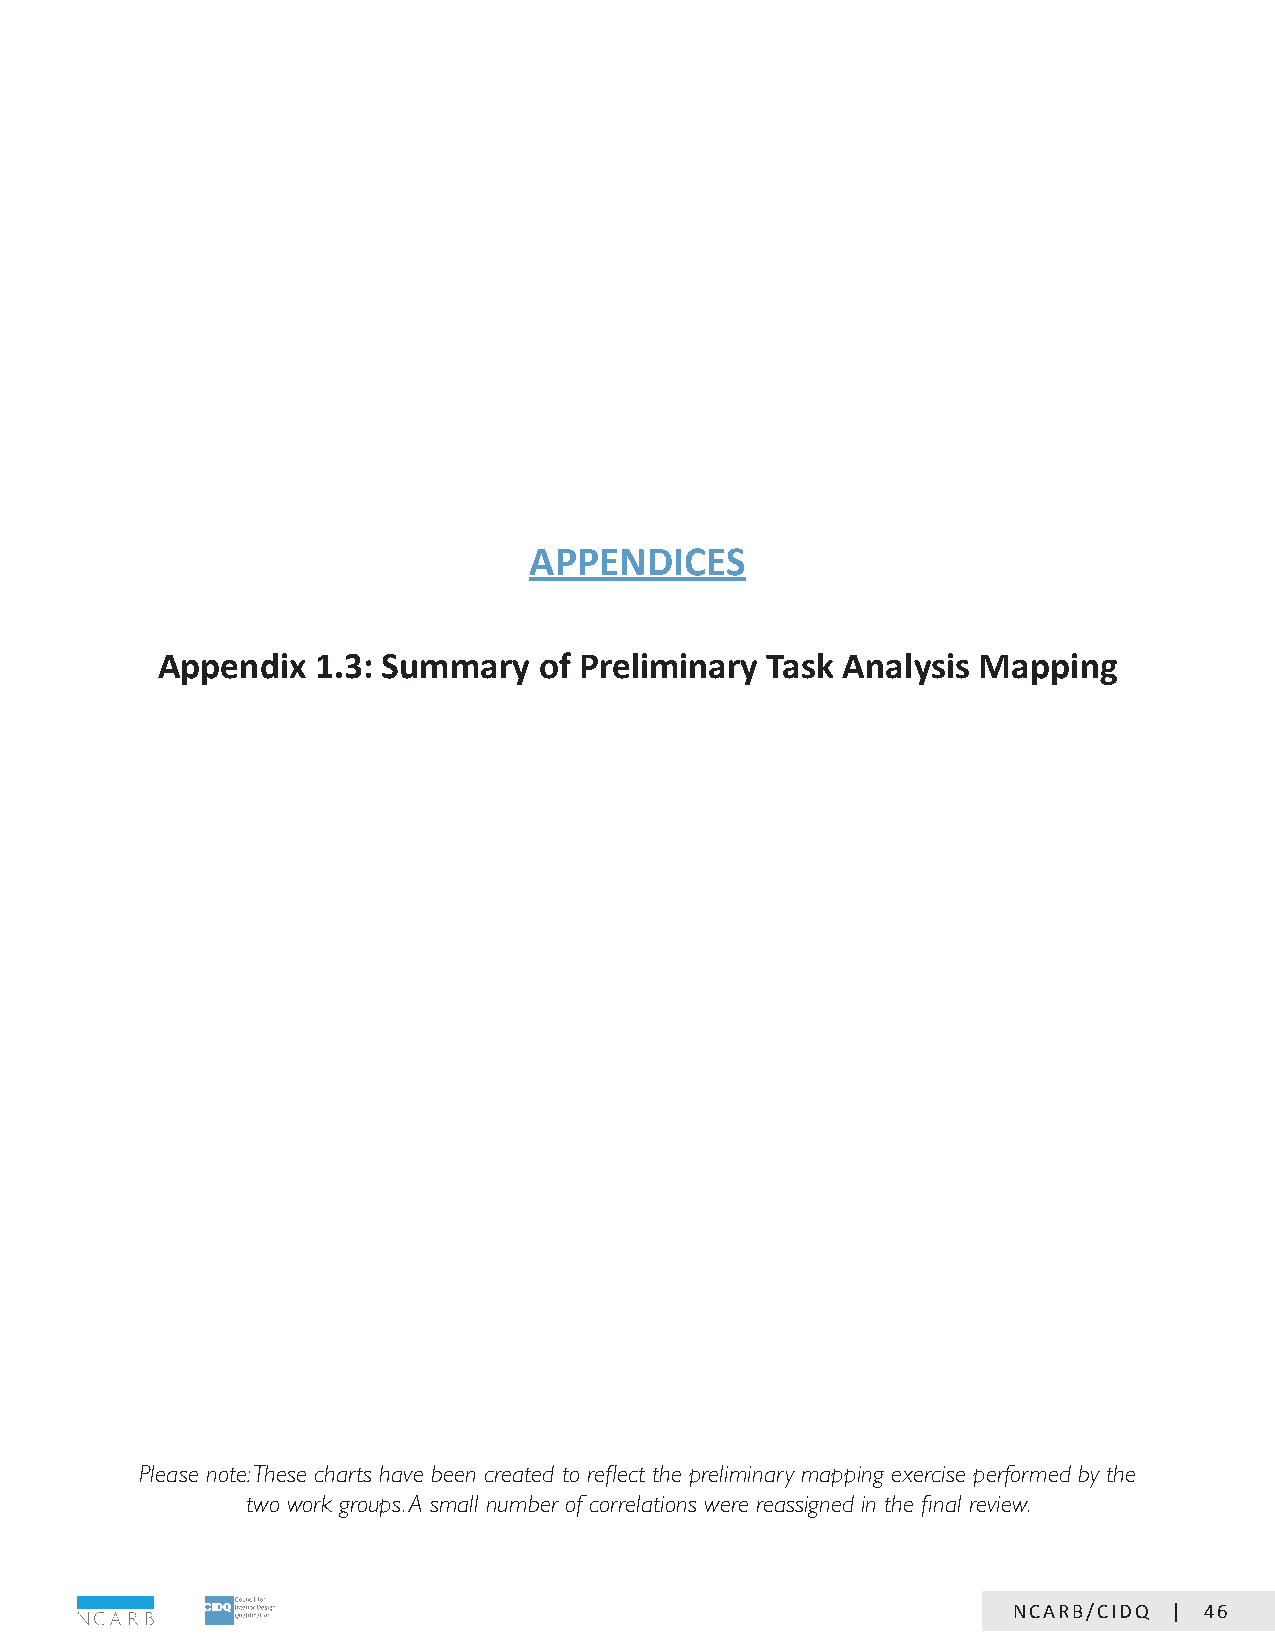
APPENDICES
 Appendix   1.3: Summary   of Preliminary Task Analysis Mapping
 Please note: These charts have been created to reflect the preliminary mapping exercise performed by the
 two work groups. A small number of correlations were reassigned in the final review.
 NCARB/CIDQ | 46